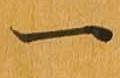
一